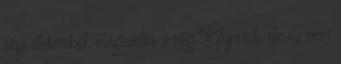
régi életemből, megtalálni a régi Glynnist, de ez nem